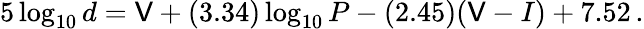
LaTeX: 5\log_{10}{d}=\mathsf{V}+(3.34)\log_{10}{P}-(2.45)(\mathsf{V}-I)+7.52\, .